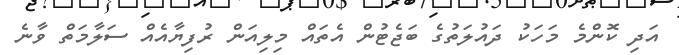
އަދި ކޮންމެ މަހަކު ދައުލަތުގެ ބަޖެޓުން އެތައް މިލިއަން ރުފިޔާއެއް ސަލާމަތް ވާނެ